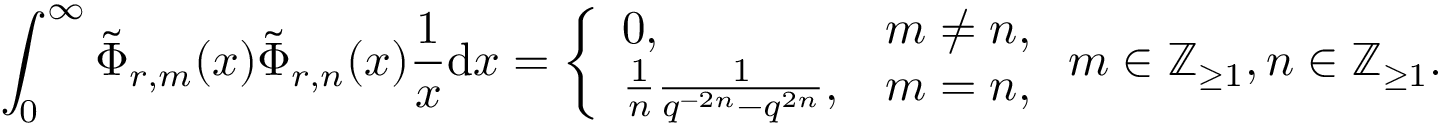
\int _ { 0 } ^ { \infty } \tilde { \Phi } _ { r , m } ( x ) \tilde { \Phi } _ { r , n } ( x ) \frac { 1 } { x } \mathrm { d } x = \left\{ \begin{array} { l l } { 0 , } & { m \neq n , } \\ { \frac { 1 } { n } \frac { 1 } { q ^ { - 2 n } - q ^ { 2 n } } , } & { m = n , } \end{array} \right. m \in \mathbb { Z } _ { \ge 1 } , n \in \mathbb { Z } _ { \ge 1 } .